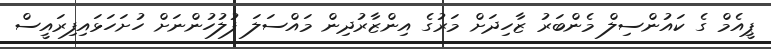
ޕީއެމް ގެ ކައުންސިލް މެންބަރު ޒާހިދަށް މަރުގެ އިންޒާރުދިން މައްސަލަ ފުލުހުންނަށް ހުށަހަޅައިފިރައީސް